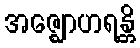
အဇ္ဈောဟရန္တိ